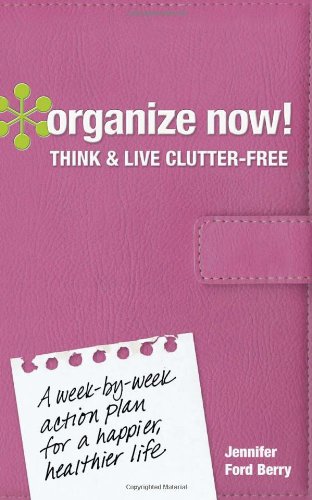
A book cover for Organize Now! Think and Live Clutter Free: A Week-by-Week Action Plan for a Happier, Healthier Life; Jennifer Ford Berry; Self-Help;